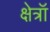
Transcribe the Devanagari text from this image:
क्षेत्रॉ